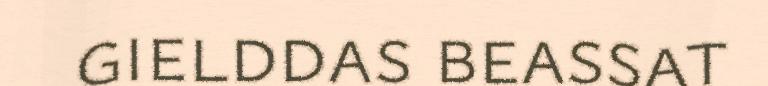
gielddas beassat